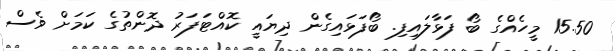
15.50 މީހެއްގެ ބޯ ފަޅާލައިފި. ބޯފަޅައިގެން ދިޔައީ ކޮއްޓަފަރު ދޮންތުގެ ކަމަށް ވެސް